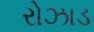
રોઝાડ